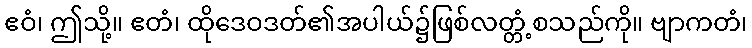
ဧဝံ၊ ဤသို့။ ဧတံ၊ ထိုဒေဝဒတ်၏အပါယ်၌ဖြစ်လတ္တံ့စသည်ကို။ ဗျာကတံ၊